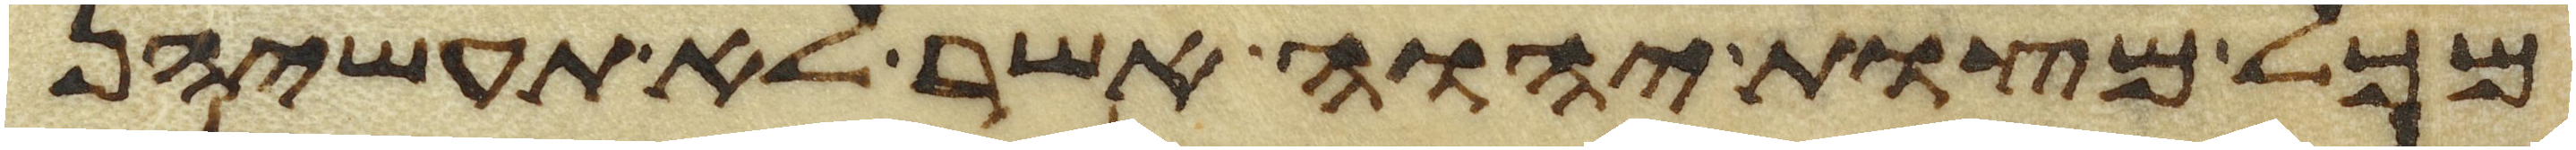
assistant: מכל מצות יהוה אשר לא תעשיהן